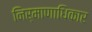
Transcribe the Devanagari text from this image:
निर्माणाधिकार